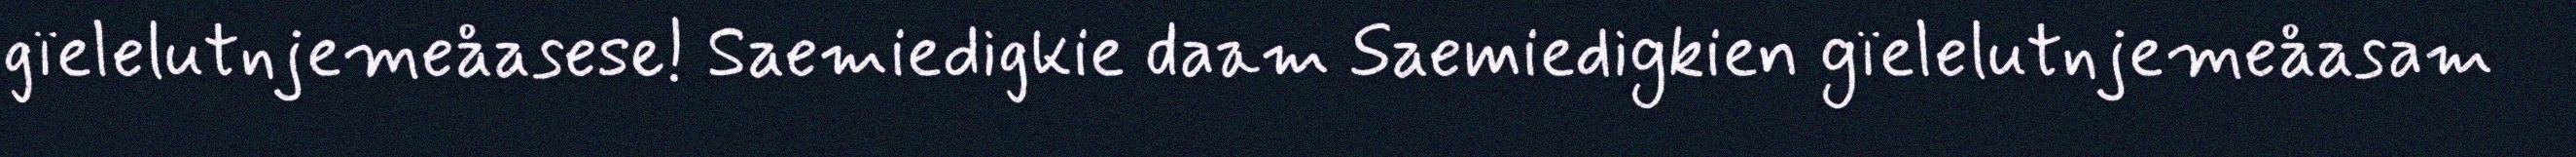
gïelelutnjemeåasese! Saemiedigkie daam Saemiedigkien gïelelutnjemeåasam